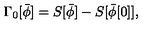
\Gamma _ { 0 } [ \bar { \phi } ] = S [ \bar { \phi } ] - S [ \bar { \phi } [ 0 ] ] ,